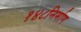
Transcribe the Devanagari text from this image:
१४८निर्माण